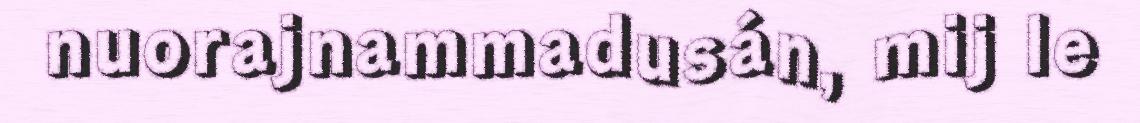
nuorajnammadusán, mij le